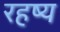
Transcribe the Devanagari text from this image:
रहष्य